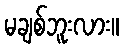
မချစ်ဘူးလား။